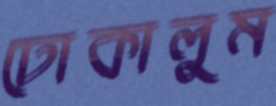
ঢোকালুম